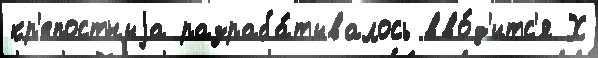
кр'епостныjа разраба́тывалось вво́д'итс'я Х